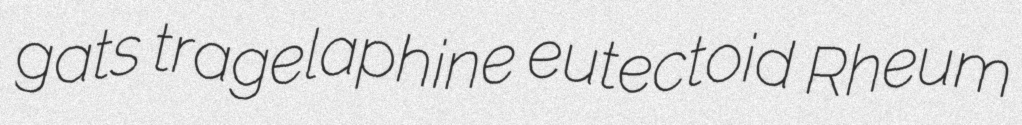
gats tragelaphine eutectoid Rheum